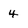
Character: 4